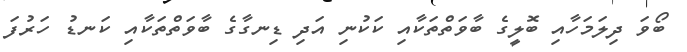
ބޯވަ ދިލަމަހާއި ބޮލީގެ ބާވަތްތަކާއި ކަކުނި އަދި ޑިނގާގެ ބާވަތްތަކާއި ކަނޑު ހަރުފަ